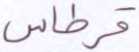
قرطاس